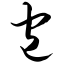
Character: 包